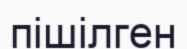
пішілген